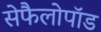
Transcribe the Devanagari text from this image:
सेफैलोपॉड